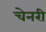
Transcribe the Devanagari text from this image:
चेनरी